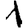
Digit: 1